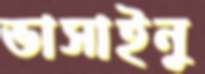
ভাসাইনু